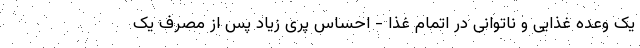
یک وعده غذایی و ناتوانی در اتمام غذا - احساس پری زیاد پس از مصرف یک